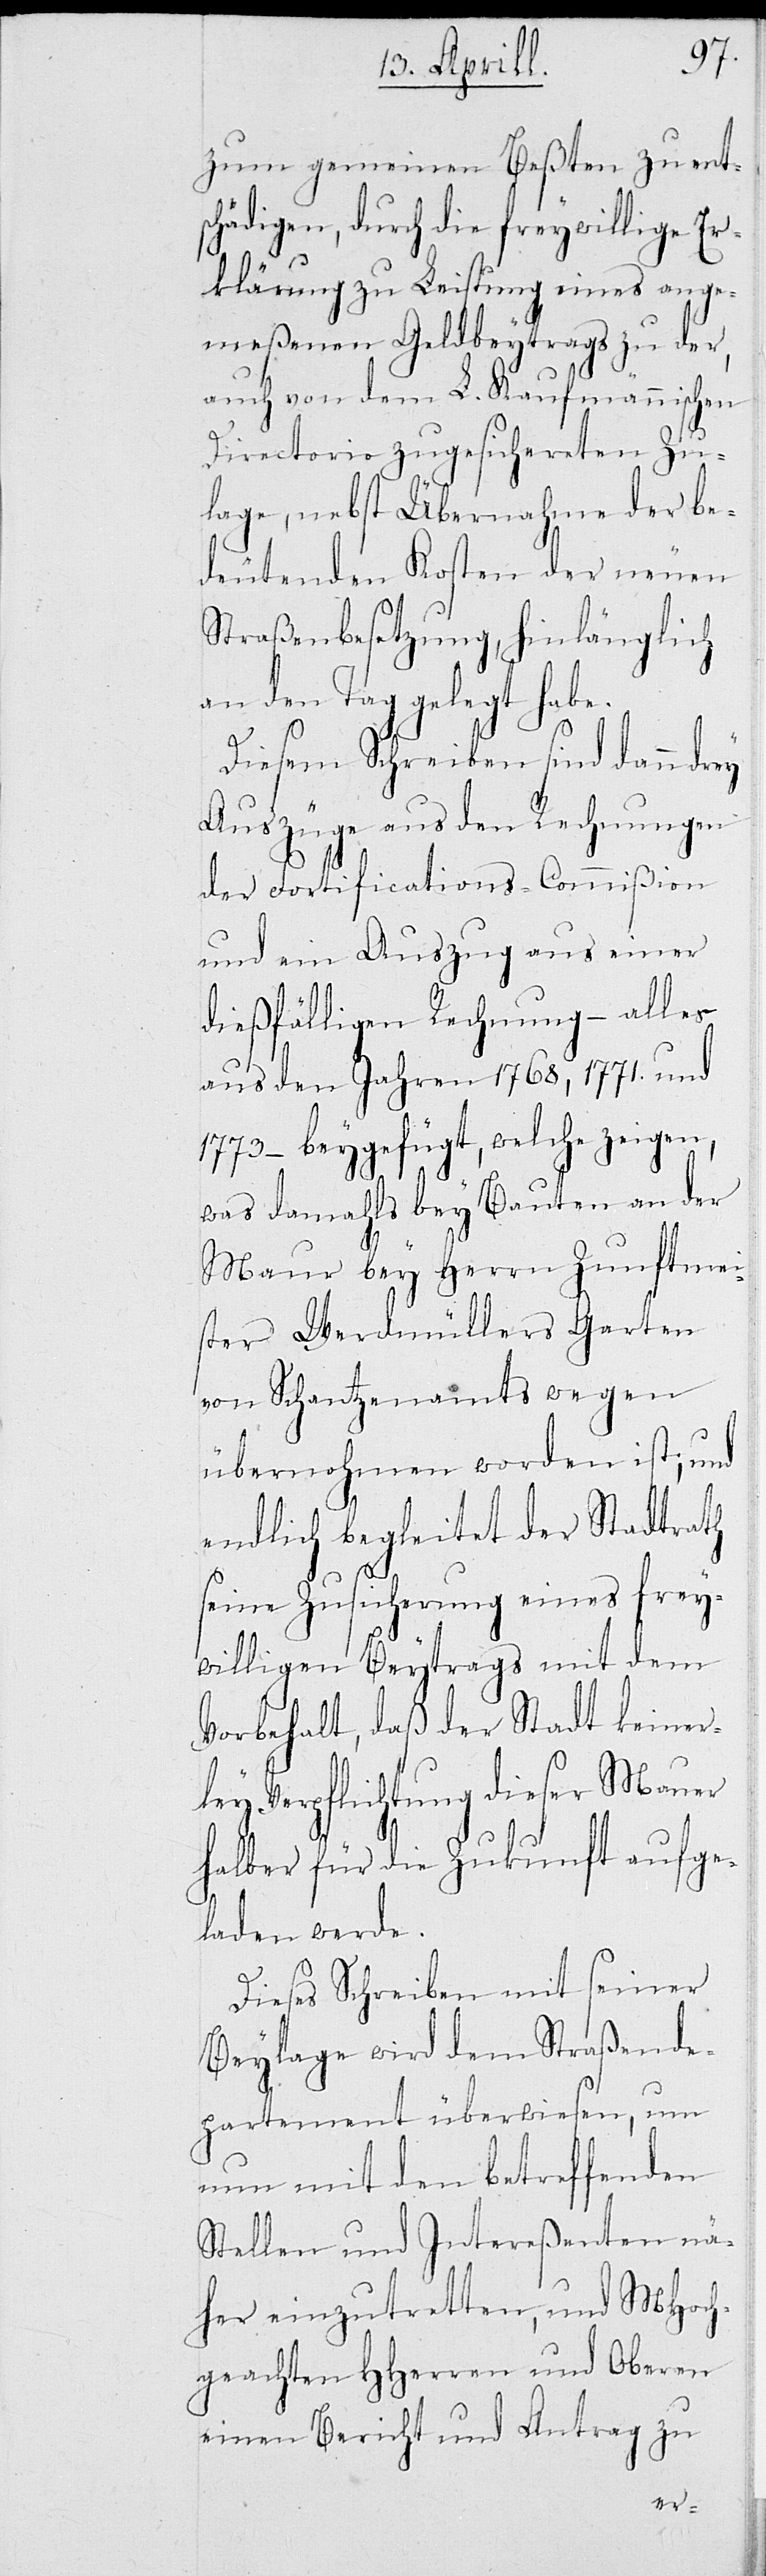
zum gemeinen Beßten zu ent¬
schädigen, durch die freywillige Er¬
klärung zu Leistung eines ange¬
meßenen Geldbeytrags zu der,
auch von dem L. Kaufmannischen
Directorio zugesichereten Zu¬
lage, nebst Übernahme der be¬
deutenden Kosten der neuen
Straßenbesetzung, hinlänglich
an den Tag gelegt habe.
Diesem Schreiben sind dann dr¬
Auszüge aus den Rechnungen
der Fortifications-Commißion
und ein Auszug aus einer
dießfälligen Rechnung – alles
aus den Jahren 1768, 1771. und
1773 – beygefügt, welche zeigen,
was damahls bey Bauten an der
Mauer bey Herrn Zunftmei¬
ster Werdmüllers Garten
von Schantzenamts wegen
übernohmen worden ist,
endlich begeleitet der Stadtrath
seine Zusicherung eines frey¬
willigen Beytrags mit dem
Vorbehalt, daß der Stadt keiner¬
ley Verpflichtung dieser Mauer
halber für die Zukunft aufge¬
laden werde.
Dieses Schreiben mit seiner
Beylage wird dem Straßende¬
partement überwiesen, um
nun mit den betreffenden
Stellen und Intereßenten nä¬
her einzutretten, und MHoch¬
geachten HHerren und Oberen
einen Bericht und Antrag
ey